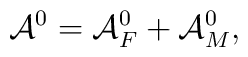
{\cal A}^0 = {\cal A}^0_F + {\cal A}^0_M,